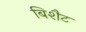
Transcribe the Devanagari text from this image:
बिशैट